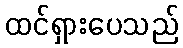
ထင်ရှားပေသည်